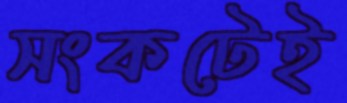
সংকটেই